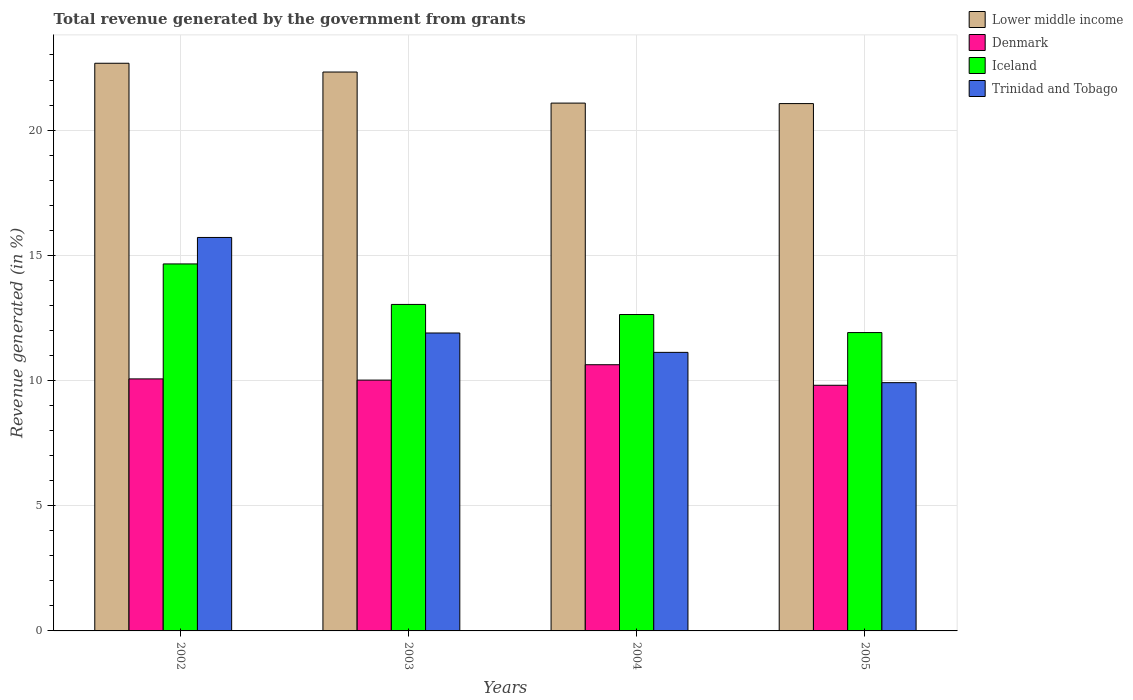
| Years | Lower middle income | Denmark | Iceland | Trinidad and Tobago |
 | --- | --- | --- | --- | --- |
 | 2002 | 22.7 | 10.1 | 14.7 | 15.7 |
 | 2003 | 22.3 | 10 | 13 | 11.9 |
 | 2004 | 21.1 | 10.6 | 12.6 | 11.1 |
 | 2005 | 21.1 | 9.81 | 11.9 | 9.91 |